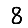
Digit: 8